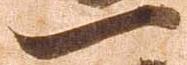
一